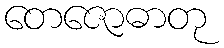
တေဇောဓာတု